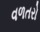
વળતરો